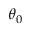
\theta _ { 0 }